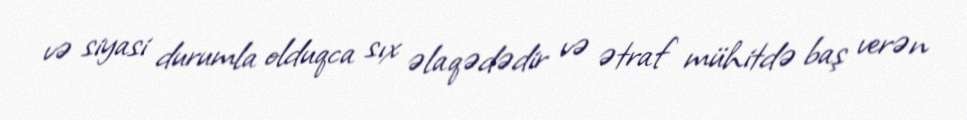
və siyasi durumla olduqca sıx əlaqədədir və ətraf mühitdə baş verən